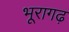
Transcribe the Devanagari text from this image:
भूरागढ़